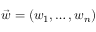
\vec { w } = ( w _ { 1 } , \dots , w _ { n } )